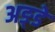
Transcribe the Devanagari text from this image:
अङ्डे